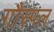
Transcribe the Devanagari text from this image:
गौस्पल